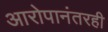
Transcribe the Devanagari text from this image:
आरोपानंतरही